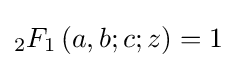
_{2}F_{1}\left(a,b;c;z\right)=1